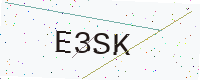
Text: E3SK